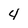
Character: 4